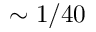
\sim 1 / 4 0